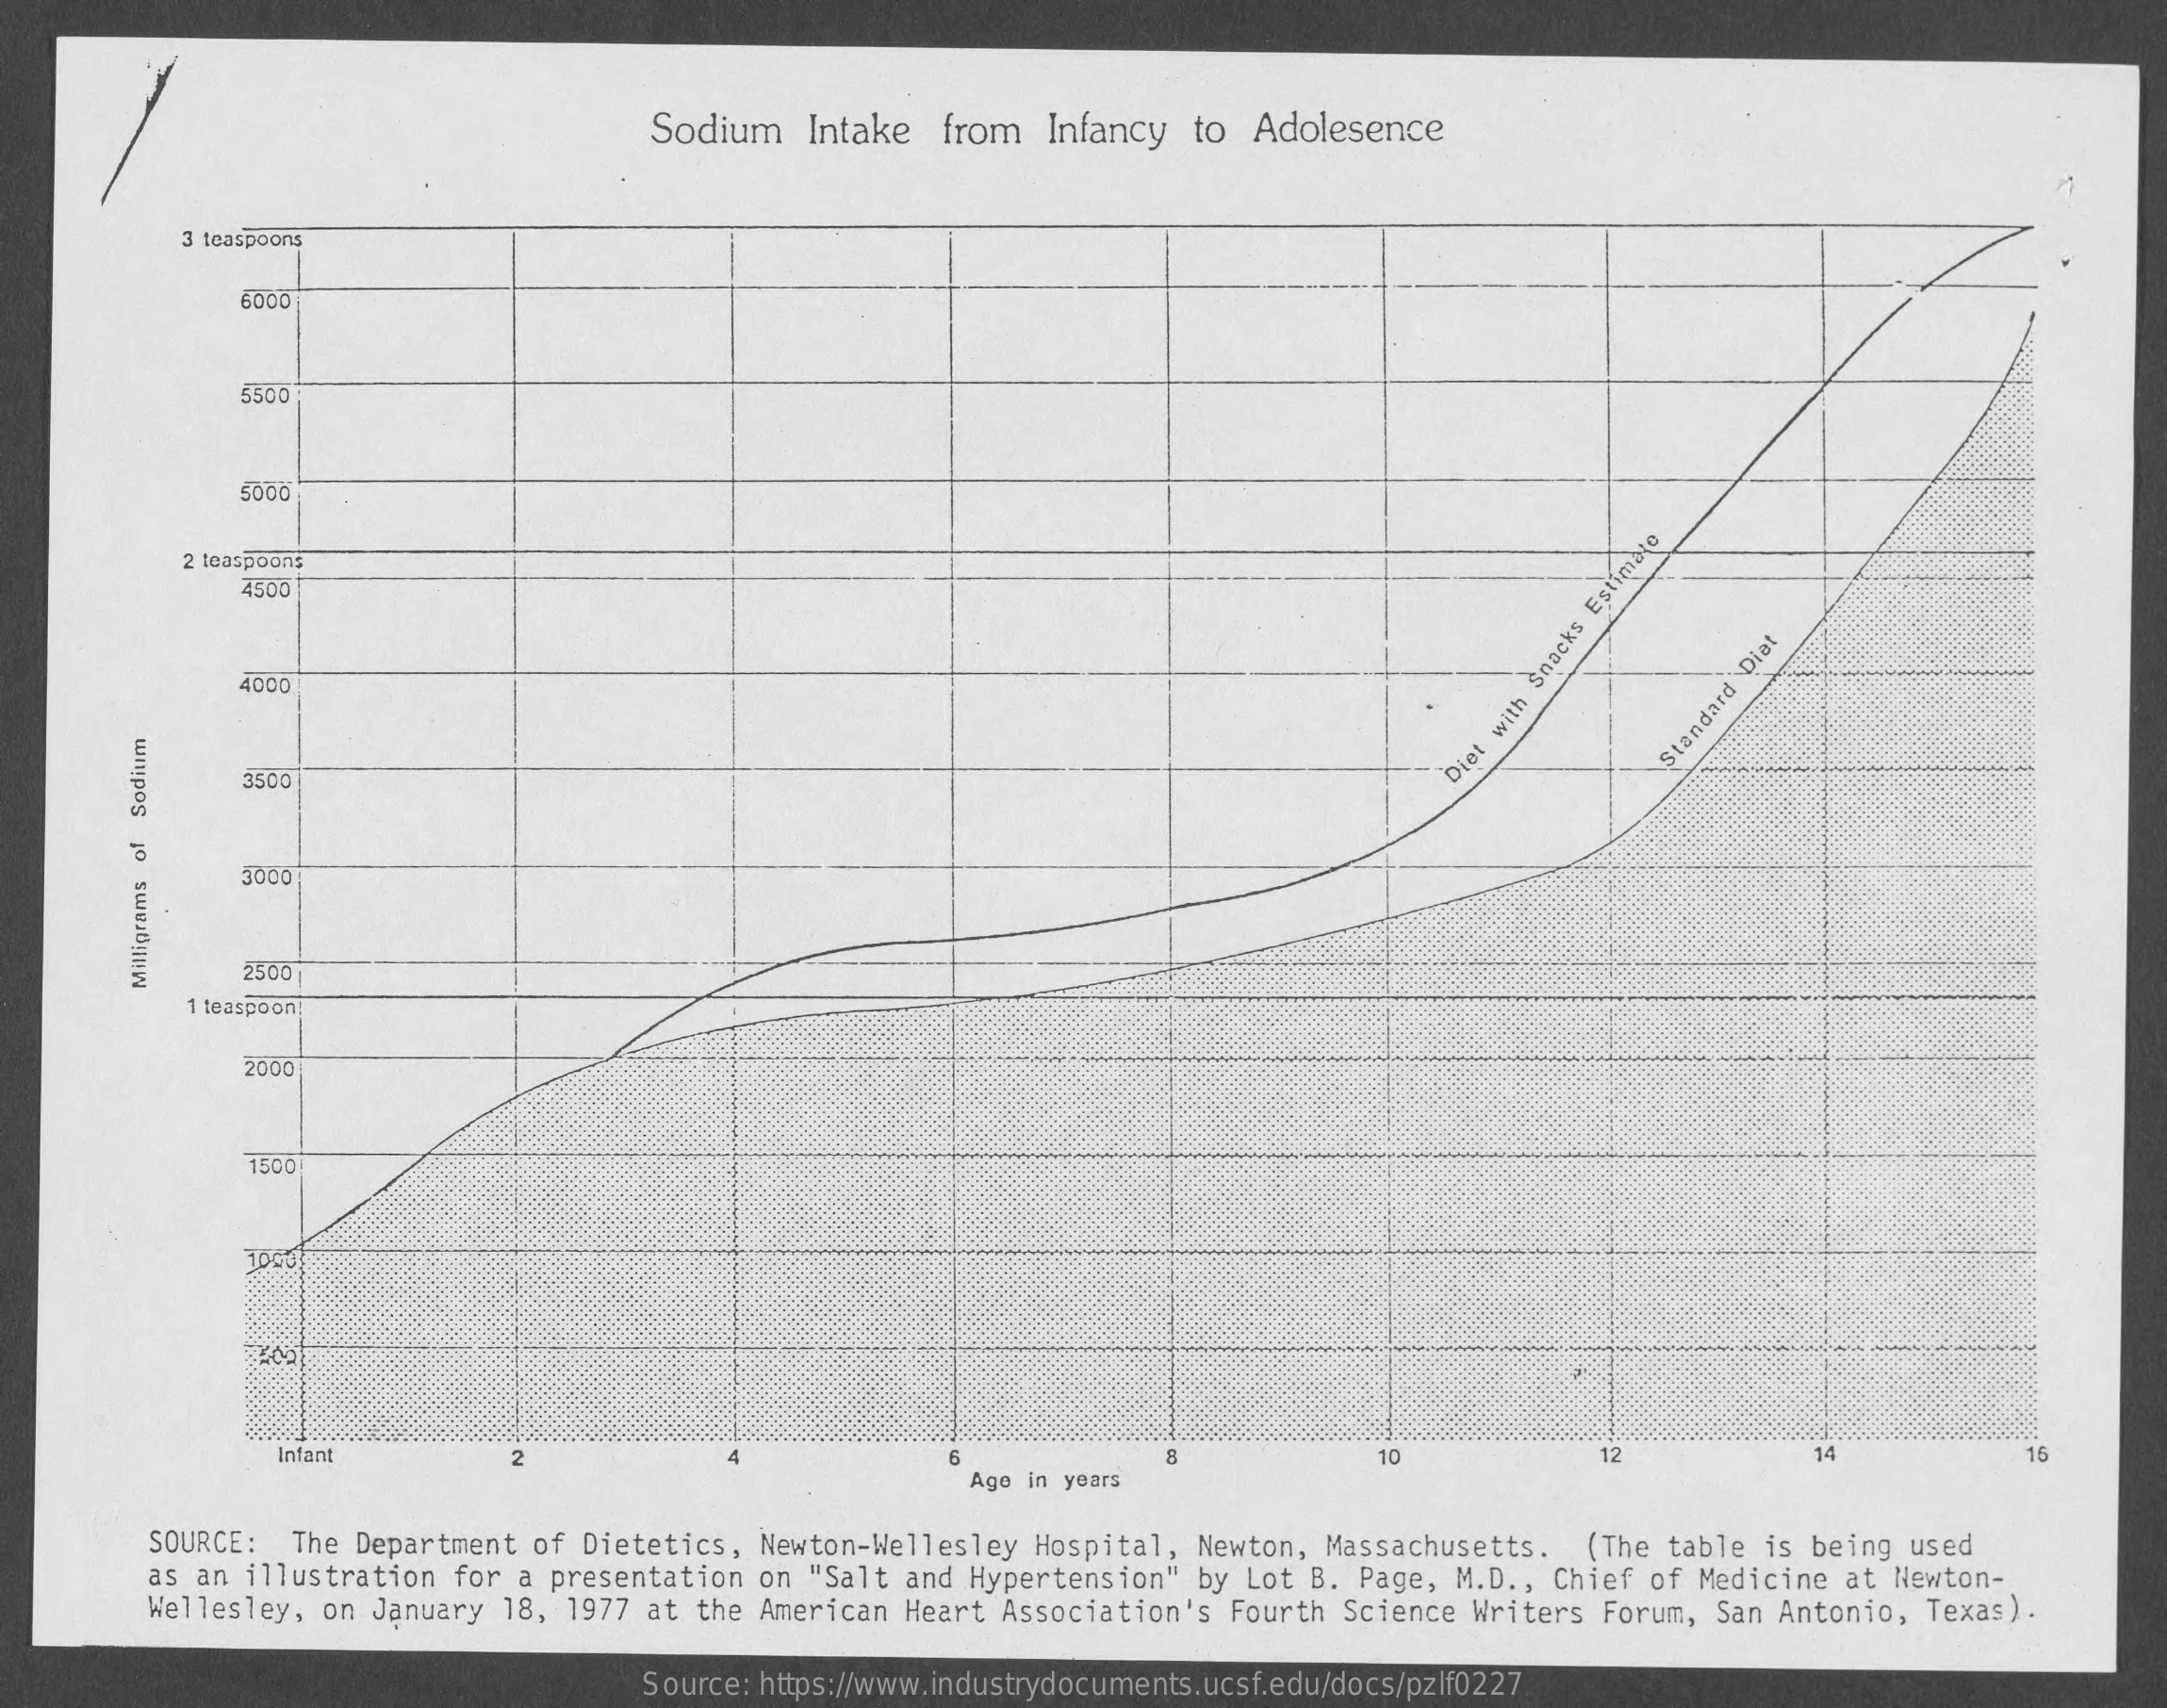
Sodium  Intake from  Infancy to Adolesence
     3 teaspoons
     6000
     5500
     5000
     2 teaspoons
     4500
     4000
     Standard
     Diat
     1500
     Diet
     with
     Snacks
     Estimate
     Sodium
     3000
     2500
     1 teaspoon
     Milligrams
     o
     2000
     1500
     100
     Infant    10    14    16 2 12
     Age in years
     SOURCE: The Department of Dietetics, Newton-Wellesley Hospital, Newton, Massachusetts. (The table is being used
     as an illustration for a presentation on "Salt and Hypertension" by Lot B. Page, M.D ., Chief of Medicine at Newton-
     Wellesley, on January 18, 1977 at the American Heart Association's Fourth Science Writers Forum, San Antonio, Texas).
     Source: https://www.industrydocuments.ucsf.edu/docs/pzlf0227